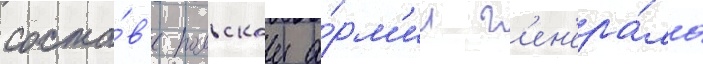
соста́в'е польскои а́рм'ии г'ен'ера́ла